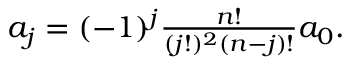
\begin{array} { r } { a _ { j } = ( - 1 ) ^ { j } \frac { n ! } { ( j ! ) ^ { 2 } ( n - j ) ! } a _ { 0 } . } \end{array}